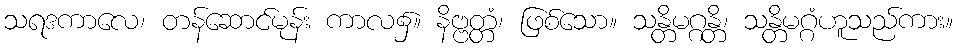
သရဒကာလေ၊ တန်ဆောင်မုန်း ကာလ၌။ နိဗ္ဗတ္တံ၊ ဖြစ်သော။ သန္တိမဂ္ဂန္တိ၊ သန္တိမဂ္ဂံဟူသည်ကား။